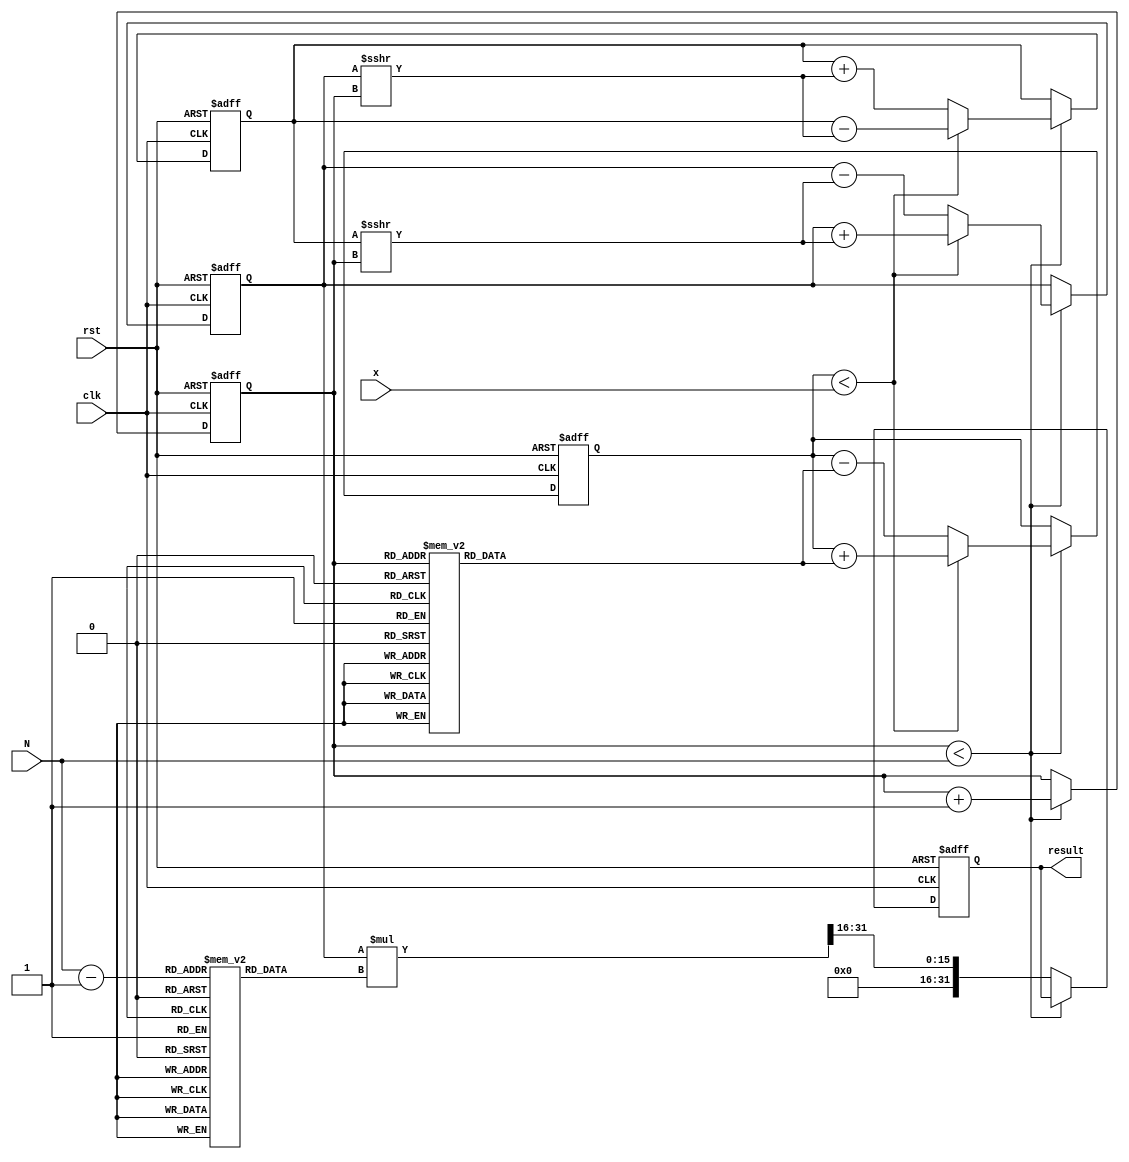
module cordic_exponential (
    input wire clk,
    input wire rst,
    input wire [15:0] x,    // Input value for which e^x is calculated
    input wire [3:0] N,     // Number of iterations
    output reg [31:0] result // Output result for e^x
);

    // Constants
    parameter NUM_ITERATIONS = 16; // Max number of iterations
    reg [15:0] angle [0:NUM_ITERATIONS-1]; // Precomputed angles
    reg [31:0] K [0:NUM_ITERATIONS-1]; // Scaling factors

    // Internal registers
    reg [15:0] x_reg; // Current x value
    reg [31:0] y_reg; // Current y value
    reg [31:0] z_reg; // Current z value (angle)
    reg [3:0] iteration; // Current iteration count

    // Initialize constants
    initial begin
        // Precomputed angles for CORDIC
        angle[0] = 16'h0000; // 0 degrees
        angle[1] = 16'h1C71; // 45 degrees
        angle[2] = 16'h1A2D; // 26.565 degrees
        angle[3] = 16'h186A; // 14.036 degrees
        angle[4] = 16'h1715; // 7.125 degrees
        angle[5] = 16'h1651; // 3.576 degrees
        angle[6] = 16'h1593; // 1.789 degrees
        angle[7] = 16'h1500; // 0.895 degrees
        angle[8] = 16'h1480; // 0.447 degrees
        angle[9] = 16'h1400; // 0.224 degrees
        angle[10] = 16'h1380; // 0.112 degrees
        angle[11] = 16'h1300; // 0.056 degrees
        angle[12] = 16'h1280; // 0.028 degrees
        angle[13] = 16'h1200; // 0.014 degrees
        angle[14] = 16'h1180; // 0.007 degrees
        angle[15] = 16'h1100; // 0.003 degrees

        // Precomputed scaling factors
        K[0] = 32'h00000001; // Scaling factor for iteration 0
        K[1] = 32'h00000001; // Scaling factors can be adjusted
        K[2] = 32'h00000001;
        K[3] = 32'h00000001;
        K[4] = 32'h00000001;
        K[5] = 32'h00000001;
        K[6] = 32'h00000001;
        K[7] = 32'h00000001;
        K[8] = 32'h00000001;
        K[9] = 32'h00000001;
        K[10] = 32'h00000001;
        K[11] = 32'h00000001;
        K[12] = 32'h00000001;
        K[13] = 32'h00000001;
        K[14] = 32'h00000001;
        K[15] = 32'h00000001;
    end

    // CORDIC computation process
    always @(posedge clk or posedge rst) begin
        if (rst) begin
            x_reg <= 0;
            y_reg <= 0;
            z_reg <= 0;
            iteration <= 0;
            result <= 0;
        end else if (iteration < N) begin
            // CORDIC rotation
            if (z_reg < x) begin // Counter-clockwise rotation
                x_reg <= x_reg + (y_reg >>> iteration);
                y_reg <= y_reg - (x_reg >>> iteration);
                z_reg <= z_reg + angle[iteration];
            end else begin // Clockwise rotation
                x_reg <= x_reg - (y_reg >>> iteration);
                y_reg <= y_reg + (x_reg >>> iteration);
                z_reg <= z_reg - angle[iteration];
            end
            iteration <= iteration + 1;
        end else begin
            // Apply scaling factor
            result <= (x_reg * K[N-1]) >>> 16; // Adjust based on scaling factor
        end
    end

endmodule